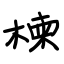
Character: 楝